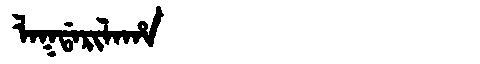
Manchu: ᠯᠠᡴᡩᠠᡵᡳᠯᠠᡥᠠ
Romanization: LAKDARILAHA